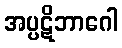
အပ္ပဋိဘာဂေါ